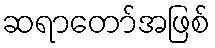
ဆရာတော်အဖြစ်